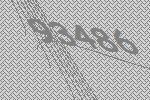
93486